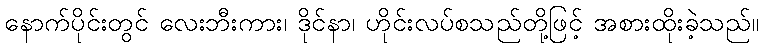
နောက်ပိုင်းတွင် လေးဘီးကား၊ ဒိုင်နာ၊ ဟိုင်းလပ်စသည်တို့ဖြင့် အစားထိုးခဲ့သည်။